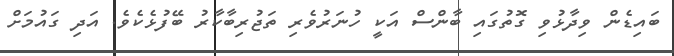
ބައިޑެން ވިދާޅުވި ގޮތުގައި ބާންސް އަކީ ހުނަރުވެރި ތަޖުރިބާކާރު ބޭފުޅެކެވެ. އަދި ގައުމަށް